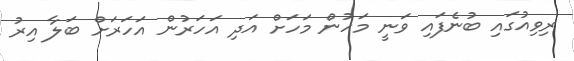
ރިވިއުގައި ބުނެފައި ވަނީ މަހުން މަހަށް އަދި އަހަރުން އަހަރަށް ބަލާ އިރު